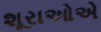
શૂરાઓએ